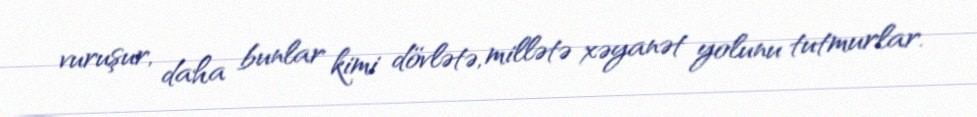
vuruşur, daha bunlar kimi dövlətə, millətə xəyanət yolunu tutmurlar.